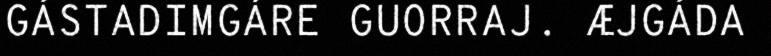
GÁSTADIMGÁRE GUORRAJ. ÆJGÁDA